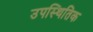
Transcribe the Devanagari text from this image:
उपस्थितिक